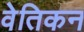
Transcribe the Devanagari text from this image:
वेतिकन